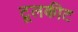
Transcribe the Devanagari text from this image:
टूलकीट